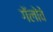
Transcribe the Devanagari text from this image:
गॅलोवे